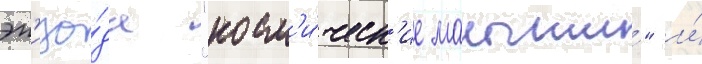
эп'изо́да "косм'и́ческ'ие малыши́" и́